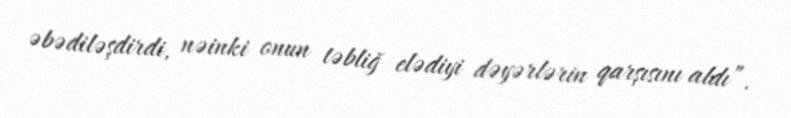
əbədiləşdirdi, nəinki onun təbliğ elədiyi dəyərlərin qarşısını aldı”.